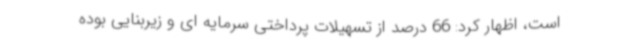
است، اظهار کرد: 66 درصد از تسهیلات پرداختی سرمایه ای و زیربنایی بوده